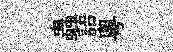
蟲語粤